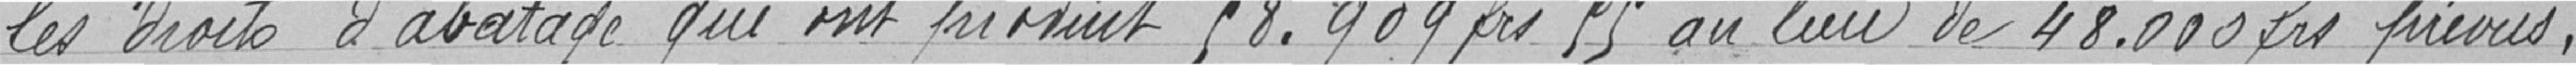
les droits d'abatage qui ont produit 58.909 francs 55 au lieu de 48.000 francs prévus,